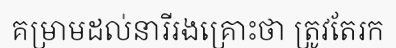
គម្រាមដល់នារីរងគ្រោះថា ត្រូវតែរក